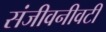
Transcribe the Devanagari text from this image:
संजीवनीवटी